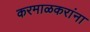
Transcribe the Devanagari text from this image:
करमाळकरांना